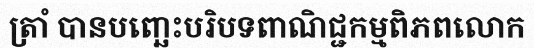
ត្រាំ បានបញ្ឆេះបរិបទពាណិជ្ជកម្មពិភពលោក